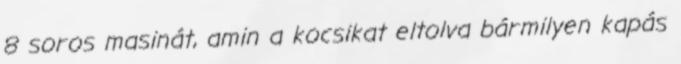
8 soros masinát, amin a kocsikat eltolva bármilyen kapás